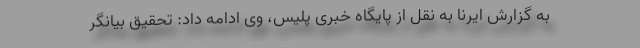
به گزارش ایرنا به نقل از پایگاه خبری پلیس، وی ادامه داد: تحقیق بیانگر